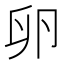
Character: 卵